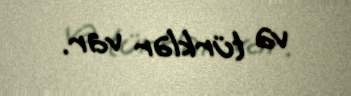
və türklər var.